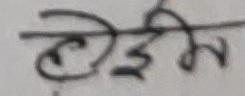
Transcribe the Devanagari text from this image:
टेलिफोन